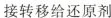
接转移给还原剂